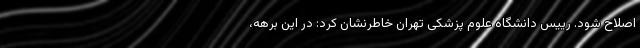
اصلاح شود. رییس دانشگاه علوم پزشکی تهران خاطرنشان کرد: در این برهه،